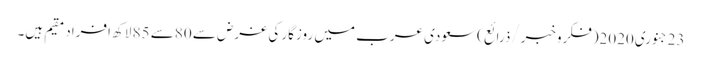
23جنوری2020(فکروخبر/ذرائع)سعودی عرب میں روزگار کی غرض سے 80سے 85 لاکھ افراد مقیم ہیں۔